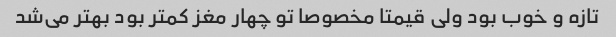
تازه و خوب بود ولی قیمتا مخصوصا تو‌ چهار مغز کمتر بود بهتر می‌شد